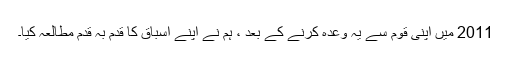
2011 میں اپنی قوم سے یہ وعدہ کرنے کے بعد ، ہم نے اپنے اسباق کا قدم بہ قدم مطالعہ کیا۔